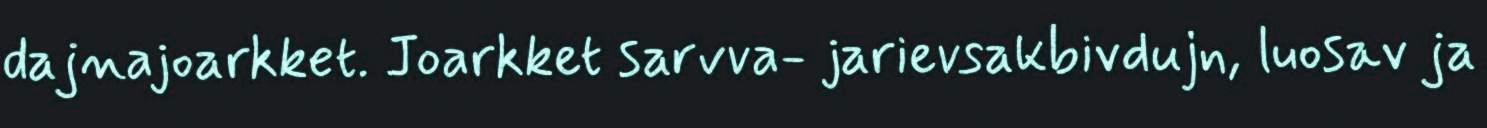
dajnajoarkket. Joarkket sarvva- jarievsakbivdujn, luosav ja